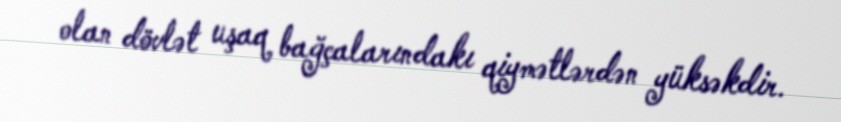
olan dövlət uşaq bağçalarındakı qiymətlərdən yüksəkdir.